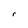
Character: r